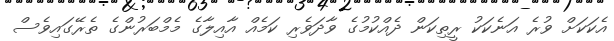
އެކަކަށް ވުރެ އަނެކަކު ރީތިކަން ދެއްކުމުގެ ވާދަވެރި ކަމެއް އާއިލާގެ މެމްބަރުންގެ ތެރޭގައިވެސް